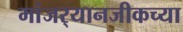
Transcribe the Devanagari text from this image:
मांजर्‍यानजीकच्या